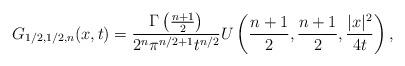
LaTeX: \begin{align*}G_{1/2,1/2,n}(x,t)=\frac{\Gamma\left(\frac{n+1}{2}\right)}{2^n \pi^{n/2+1}t^{n/2}}U\left(\frac{n+1}{2},\frac{n+1}{2},\frac{|x|^2}{4t}\right),\end{align*}